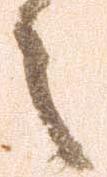
々